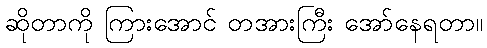
ဆိုတာကို ကြားအောင် တအားကြီး အော်နေရတာ။